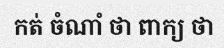
កត់ ចំណាំ ថា ពាក្យ ថា